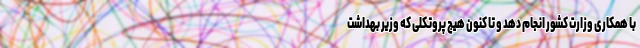
با همکاری وزارت کشور انجام دهد و تا کنون هیج پروتکلی که وزیر بهداشت